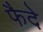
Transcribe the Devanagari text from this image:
फैदे